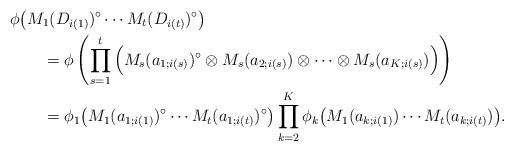
LaTeX: \begin{align*}&\phi\big(M_1(D_{i(1)})^\circ\cdots M_t(D_{i(t)})^\circ\big)\\&\qquad=\phi\left(\prod_{s=1}^t\Big(M_s(a_{1;i(s)})^\circ\otimes M_s(a_{2;i(s)})\otimes\cdots\otimes M_s(a_{K;i(s)})\Big)\right)\\&\qquad=\phi_1\big(M_1(a_{1;i(1)})^\circ\cdots M_t(a_{1;i(t)})^\circ\big)\prod_{k=2}^K\phi_k\big(M_1(a_{k;i(1)})\cdots M_t(a_{k;i(t)})\big).\end{align*}